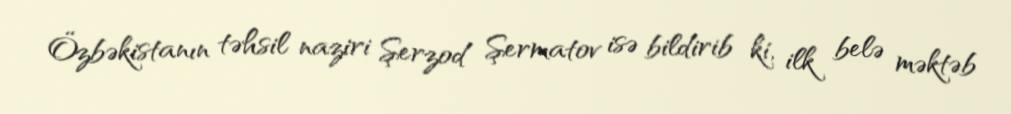
Özbəkistanın təhsil naziri Şerzod Şermatov isə bildirib ki, ilk belə məktəb